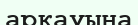
арқауына